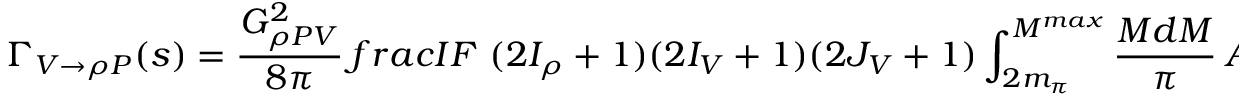
\Gamma _ { V \to \rho P } ( s ) = \frac { G _ { \rho P V } ^ { 2 } } { 8 \pi } \, f r a c { I F \ ( 2 I _ { \rho } + 1 ) } { ( 2 I _ { V } + 1 ) ( 2 J _ { V } + 1 ) } \int _ { 2 m _ { \pi } } ^ { M ^ { m a x } } \frac { M d M } { \pi } \ A _ { \rho } ^ { 0 } ( M ) \ 2 q _ { c m } ^ { 3 } \ F _ { \rho P V } ( q _ { c m } ) ^ { 2 } \ ,